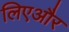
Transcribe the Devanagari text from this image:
लिएऔर